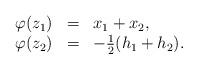
LaTeX: \begin{align*}\begin{array}{llllll}\varphi(z_1) &=& x_1+x_2,\\\varphi(z_2) &=& -\frac{1}{2}( h_1+ h_2).\end{array}\end{align*}